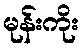
မုန်းကိုး